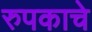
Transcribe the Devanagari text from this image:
रुपकाचे